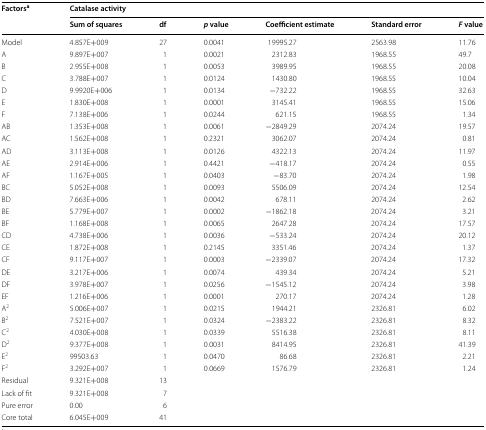
<table><thead><tr><td rowspan="2"><b>Factors<sup>a</sup></b></td><td colspan="6"><b>Catalase activity</b></td></tr><tr><td><b>Sum of squares</b></td><td><b>df</b></td><td><b><i>p</i> value</b></td><td><b>Coefficient estimate</b></td><td><b>Standard error</b></td><td><b><i>F</i> value</b></td></tr></thead><tbody><tr><td>Model</td><td>4.857E+009</td><td>27</td><td>0.0041</td><td>19995.27</td><td>2563.98</td><td>11.76</td></tr><tr><td>A</td><td>9.897E+007</td><td>1</td><td>0.0021</td><td>2312.83</td><td>1968.55</td><td>49.7</td></tr><tr><td>B</td><td>2.955E+008</td><td>1</td><td>0.0053</td><td>3989.95</td><td>1968.55</td><td>20.08</td></tr><tr><td>C</td><td>3.788E+007</td><td>1</td><td>0.0124</td><td>1430.80</td><td>1968.55</td><td>10.04</td></tr><tr><td>D</td><td>9.9920E+006</td><td>1</td><td>0.0134</td><td>−732.22</td><td>1968.55</td><td>32.63</td></tr><tr><td>E</td><td>1.830E+008</td><td>1</td><td>0.0001</td><td>3145.41</td><td>1968.55</td><td>15.06</td></tr><tr><td>F</td><td>7.138E+006</td><td>1</td><td>0.0244</td><td>621.15</td><td>1968.55</td><td>1.34</td></tr><tr><td>AB</td><td>1.353E+008</td><td>1</td><td>0.0061</td><td>−2849.29</td><td>2074.24</td><td>19.57</td></tr><tr><td>AC</td><td>1.562E+008</td><td>1</td><td>0.2321</td><td>3062.07</td><td>2074.24</td><td>0.81</td></tr><tr><td>AD</td><td>3.113E+008</td><td>1</td><td>0.0126</td><td>4322.13</td><td>2074.24</td><td>11.97</td></tr><tr><td>AE</td><td>2.914E+006</td><td>1</td><td>0.4421</td><td>−418.17</td><td>2074.24</td><td>0.55</td></tr><tr><td>AF</td><td>1.167E+005</td><td>1</td><td>0.0403</td><td>−83.70</td><td>2074.24</td><td>1.98</td></tr><tr><td>BC</td><td>5.052E+008</td><td>1</td><td>0.0093</td><td>5506.09</td><td>2074.24</td><td>12.54</td></tr><tr><td>BD</td><td>7.663E+006</td><td>1</td><td>0.0042</td><td>678.11</td><td>2074.24</td><td>2.62</td></tr><tr><td>BE</td><td>5.779E+007</td><td>1</td><td>0.0002</td><td>−1862.18</td><td>2074.24</td><td>3.21</td></tr><tr><td>BF</td><td>1.168E+008</td><td>1</td><td>0.0065</td><td>2647.28</td><td>2074.24</td><td>17.57</td></tr><tr><td>CD</td><td>4.738E+006</td><td>1</td><td>0.0036</td><td>−533.24</td><td>2074.24</td><td>20.12</td></tr><tr><td>CE</td><td>1.872E+008</td><td>1</td><td>0.2145</td><td>3351.46</td><td>2074.24</td><td>1.37</td></tr><tr><td>CF</td><td>9.117E+007</td><td>1</td><td>0.0003</td><td>−2339.07</td><td>2074.24</td><td>17.32</td></tr><tr><td>DE</td><td>3.217E+006</td><td>1</td><td>0.0074</td><td>439.34</td><td>2074.24</td><td>5.21</td></tr><tr><td>DF</td><td>3.978E+007</td><td>1</td><td>0.0256</td><td>−1545.12</td><td>2074.24</td><td>3.98</td></tr><tr><td>EF</td><td>1.216E+006</td><td>1</td><td>0.0001</td><td>270.17</td><td>2074.24</td><td>1.28</td></tr><tr><td>A<sup>2</sup></td><td>5.006E+007</td><td>1</td><td>0.0215</td><td>1944.21</td><td>2326.81</td><td>6.02</td></tr><tr><td>B<sup>2</sup></td><td>7.521E+007</td><td>1</td><td>0.0324</td><td>−2383.22</td><td>2326.81</td><td>8.32</td></tr><tr><td>C<sup>2</sup></td><td>4.030E+008</td><td>1</td><td>0.0339</td><td>5516.38</td><td>2326.81</td><td>8.11</td></tr><tr><td>D<sup>2</sup></td><td>9.377E+008</td><td>1</td><td>0.0031</td><td>8414.95</td><td>2326.81</td><td>41.39</td></tr><tr><td>E<sup>2</sup></td><td>99503.63</td><td>1</td><td>0.0470</td><td>86.68</td><td>2326.81</td><td>2.21</td></tr><tr><td>F<sup>2</sup></td><td>3.292E+007</td><td>1</td><td>0.0669</td><td>1576.79</td><td>2326.81</td><td>1.24</td></tr><tr><td>Residual</td><td>9.321E+008</td><td>13</td><td></td><td></td><td></td><td></td></tr><tr><td>Lack of fit</td><td>9.321E+008</td><td>7</td><td></td><td></td><td></td><td></td></tr><tr><td>Pure error</td><td>0.00</td><td>6</td><td></td><td></td><td></td><td></td></tr><tr><td>Core total</td><td>6.045E+009</td><td>41</td><td></td><td></td><td></td><td></td></tr></tbody></table>